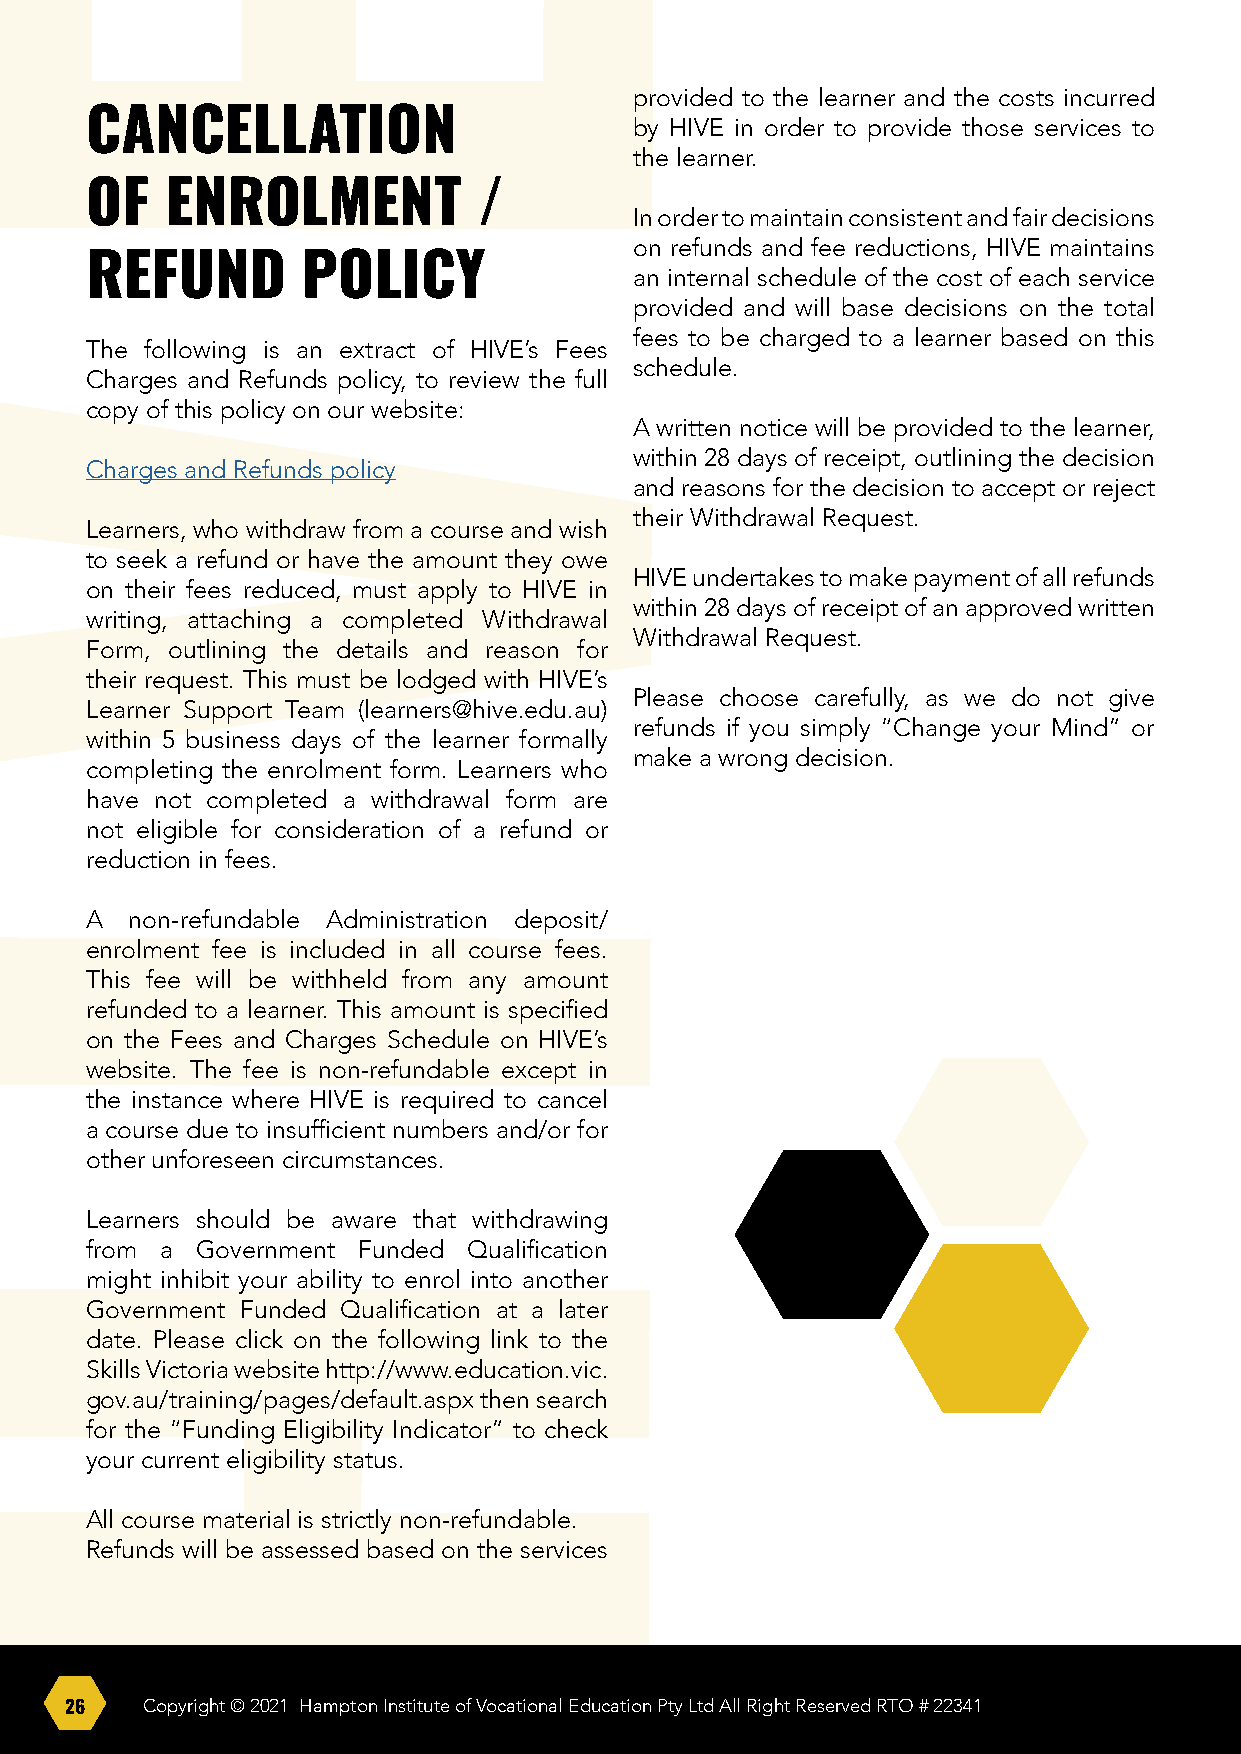
provided to the learner and the costs incurred
 CANCELLATION                        by HIVE in order to provide those services to
 the learner.
 OF   ENROLMENT            /
 In order to maintain consistent and fair decisions
 on refunds and fee reductions, HIVE maintains
 REFUND        POLICY
 an internal schedule of the cost of each service
 provided and will base decisions on the total
 fees to be charged to a learner based on this
 The following is an extract of HIVE’s Fees
 schedule.
 Charges and Refunds policy, to review the full
 copy of this policy on our website:
 A written notice will be provided to the learner,
 within 28 days of receipt, outlining the decision
 Charges and Refunds policy
 and reasons for the decision to accept or reject
 their Withdrawal Request.
 Learners, who withdraw from a course and wish
 to seek a refund or have the amount they owe
 HIVE undertakes to make payment of all refunds
 on their fees reduced, must apply to HIVE in
 within 28 days of receipt of an approved written
 writing, attaching a completed Withdrawal
 Withdrawal Request.
 Form, outlining the details and reason for
 their request. This must be lodged with HIVE’s
 Please choose carefully, as we do not give
 Learner Support Team (learners@hive.edu.au)
 refunds if you simply “Change your Mind” or
 within 5 business days of the learner formally
 make a wrong decision.
 completing the enrolment form. Learners who
 have not completed a withdrawal form are
 not eligible for consideration of a refund or
 reduction in fees.
 A  non-refundable Administration deposit/
 enrolment fee is included in all course fees.
 This fee will be withheld from any amount
 refunded to a learner. This amount is specified
 on the Fees and Charges Schedule on HIVE’s
 website. The fee is non-refundable except in
 the instance where HIVE is required to cancel
 a course due to insufficient numbers and/or for
 other unforeseen circumstances.
 Learners should be aware that withdrawing
 from a Government Funded Qualification
 might inhibit your ability to enrol into another
 Government Funded Qualification at a later
 date. Please click on the following link to the
 Skills Victoria website http://www.education.vic.
 gov.au/training/pages/default.aspx then search
 for the “Funding Eligibility Indicator” to check
 your current eligibility status.
 All course material is strictly non-refundable.
 Refunds will be assessed based on the services
 26   Copyright © 2021 Hampton Institute of Vocational Education Pty Ltd All Right Reserved RTO # 22341